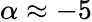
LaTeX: \alpha\approx-5